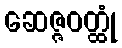
ဆေဇ္ဇဝတ္ထုံ